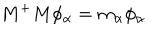
M ^ { + } M \phi _ { \alpha } = m _ { \alpha } \phi _ { \alpha }